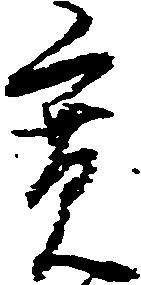
寛